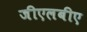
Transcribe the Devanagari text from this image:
जीएलबीए